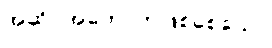
အဆိပ်အတောက်ဖြစ်စေသော